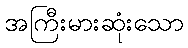
အကြီးမားဆုံးသော